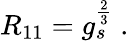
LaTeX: R_{11}=g_{s}^{\frac{2}{3}}\ .